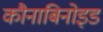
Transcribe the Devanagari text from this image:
कौनाबिनोइड